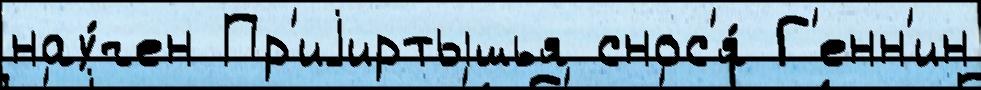
нау́чен Пр'иjиртышья снос'я́ Г'енн'ин